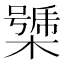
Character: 𣚧